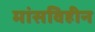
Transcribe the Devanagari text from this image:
मांसविहीन